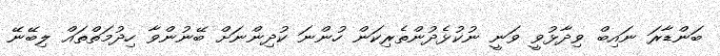
ބަންޑާރަ ނައިބް ވިދާޅުވީ ވަނީ ނުކުޅެދުންތެރިކަން ހުންނަ ކުދިންނަށް ބޭނުންވާ ހިދުމަތްތައް ލިބޭނޭ